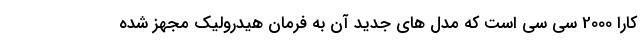
کارا 2000 سی سی است که مدل های جدید آن به فرمان هیدرولیک مجهز شده